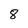
Character: 8